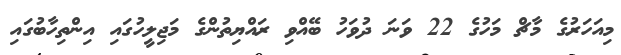
މިއަހަރުގެ މާޗް މަހުގެ 22 ވަނަ ދުވަހު ބޭއްވި ރައްޔިތުންގެ މަޖިލީހުގައި އިންތިހާބުގައި